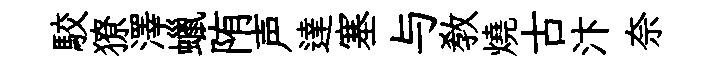
駮獠澤蠟陏声達塞与敎燒古汴奈